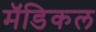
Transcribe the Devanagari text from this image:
मॅडिकल